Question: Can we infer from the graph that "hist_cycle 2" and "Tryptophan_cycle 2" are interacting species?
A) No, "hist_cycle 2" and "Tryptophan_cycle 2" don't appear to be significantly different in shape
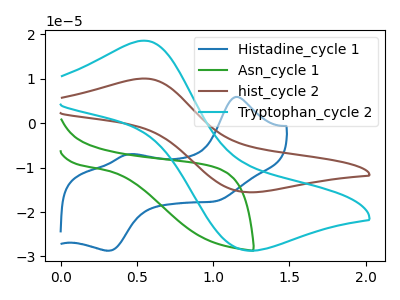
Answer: <think>The blue curve "Histadine_cycle 1" has anodic peaks at (1.15V, 5.95uA) (0.45V, -6.95uA) and cathodic peaks at (1.05V, -17.50uA) (0.30V, -28.70uA). The green curve "Asn_cycle 1" has no peaks. The brown curve "hist_cycle 2" has an anodic peak at (0.55V, 10.05uA) and a cathodic peak at (1.20V, -15.55uA). The cyan curve "Tryptophan_cycle 2" has an anodic peak at (0.55V, 18.60uA) and a cathodic peak at (1.20V, -28.65uA).
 All the peaks in "hist_cycle 2" have a peak in "Tryptophan_cycle 2" at the same potential. Every peak in "hist_cycle 2" is lower than every peak in "Tryptophan_cycle 2".</think>
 <answer>A) No, "hist_cycle 2" and "Tryptophan_cycle 2" don't appear to be significantly different in shape</answer>
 <eval>A</eval>